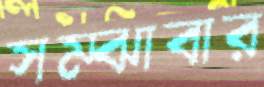
সম্‌ঝাবার